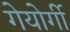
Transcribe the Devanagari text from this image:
गेयोर्गी